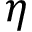
\eta